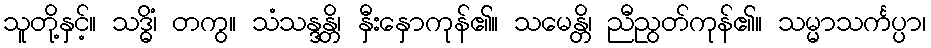
သူတို့နှင့်။ သဒ္ဓိံ၊ တကွ။ သံသန္ဒန္တိ၊ နှီးနှောကုန်၏။ သမေန္တိ၊ ညီညွတ်ကုန်၏။ သမ္မာသင်္ကပ္ပာ၊